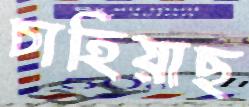
চাহিয়াছ